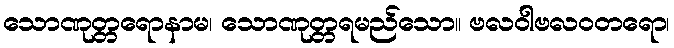
သောဏုတ္တရောနာမ၊ သောဏုတ္တရမည်သော။ ဗလဝါဗလဝတရော၊